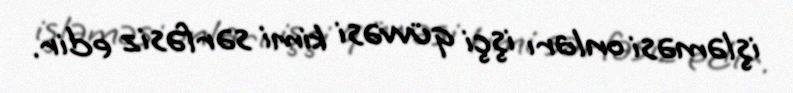
işləməsi onları işçi qüvvəsi kimi sərfəsiz edir.